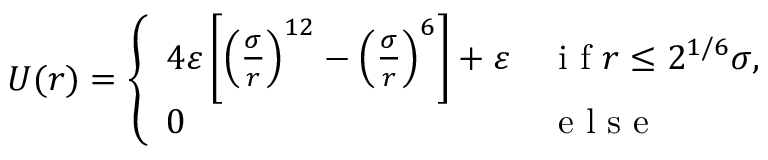
U ( r ) = \left\{ \begin{array} { l l } { 4 \varepsilon \left[ \left( \frac { \sigma } { r } \right) ^ { 1 2 } - \left( \frac { \sigma } { r } \right) ^ { 6 } \right] + \varepsilon } & { \mathrm { ~ i ~ f ~ } r \leq 2 ^ { 1 / 6 } \sigma , } \\ { 0 } & { \mathrm { ~ e ~ l ~ s ~ e ~ } } \end{array} \right.